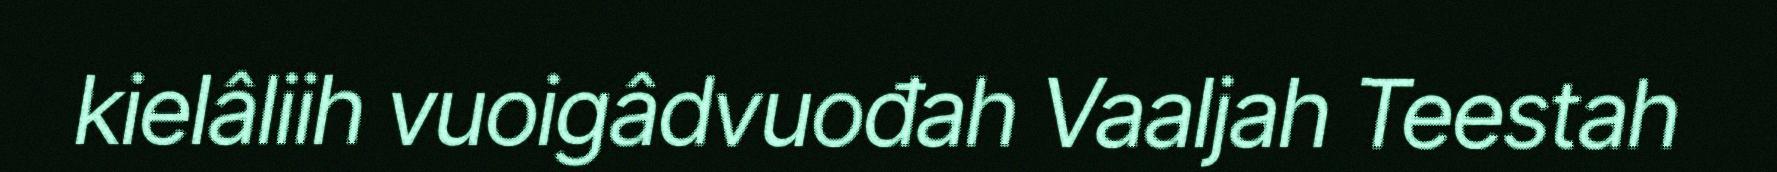
kielâliih vuoigâdvuođah Vaaljah Teestah